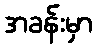
အခန်းမှာ